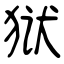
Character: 狱